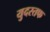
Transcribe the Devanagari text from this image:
युदस्तफ